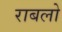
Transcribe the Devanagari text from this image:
राबलो